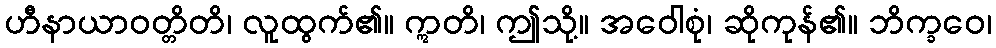
ဟီနာယာဝတ္တိတိ၊ လူထွက်၏။ ဣတိ၊ ဤသို့။ အဝေါစုံ၊ ဆိုကုန်၏။ ဘိက္ခဝေ၊